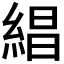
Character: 𬗡